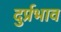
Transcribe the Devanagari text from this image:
दुर्प्रभाव